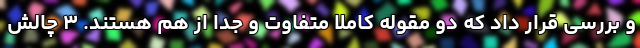
و بررسی قرار داد که دو مقوله کاملا متفاوت و جدا از هم هستند. ۳ چالش